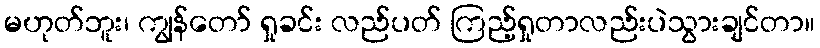
မဟုတ်ဘူး၊ ကျွန်တော် ရှုခင်း လည်ပတ် ကြည့်ရှုတာလည်းပဲသွားချင်တာ။